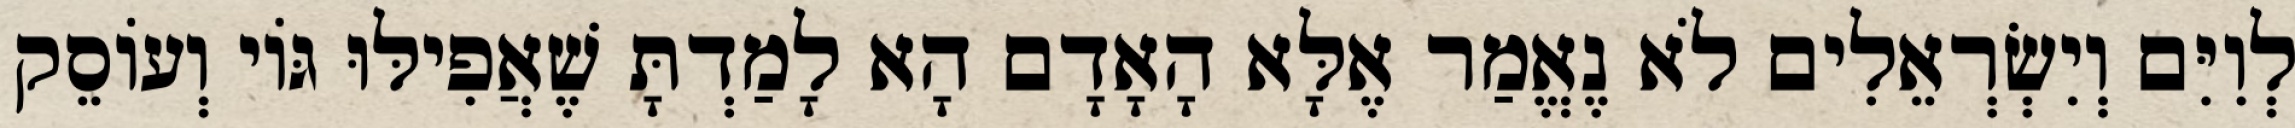
לְוִיִּם וְיִשְׂרְאֵלִים לֹא נֶאֱמַר אֶלָּא הָאָדָם הָא לָמַדְתָּ שֶׁאֲפִילּוּ גּוֹי וְעוֹסֵק